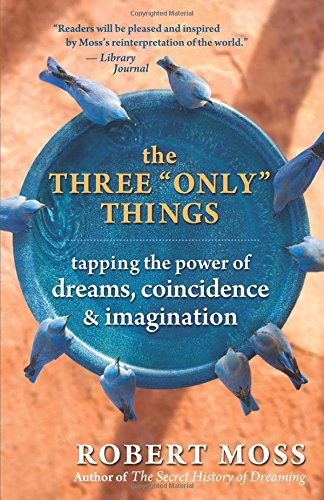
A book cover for The Three "Only" Things: Tapping the Power of Dreams, Coincidence, and Imagination; Robert Moss; Self-Help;